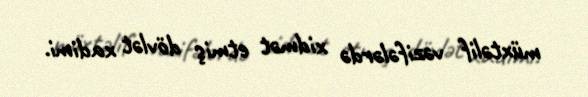
müxtəlif vəzifələrdə xidmət etmiş dövlət xadimi.